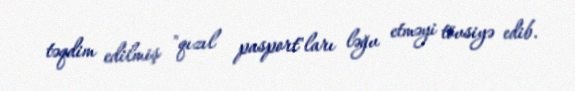
təqdim edilmiş "qızıl pasport"ları ləğv etməyi tövsiyə edib.